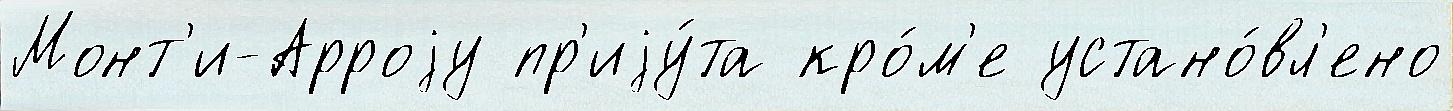
Монт'и-Арроjу пр'иjу́та кро́м'е устано́вл'ено